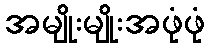
အမျိုးမျိုးအဖုံဖုံ